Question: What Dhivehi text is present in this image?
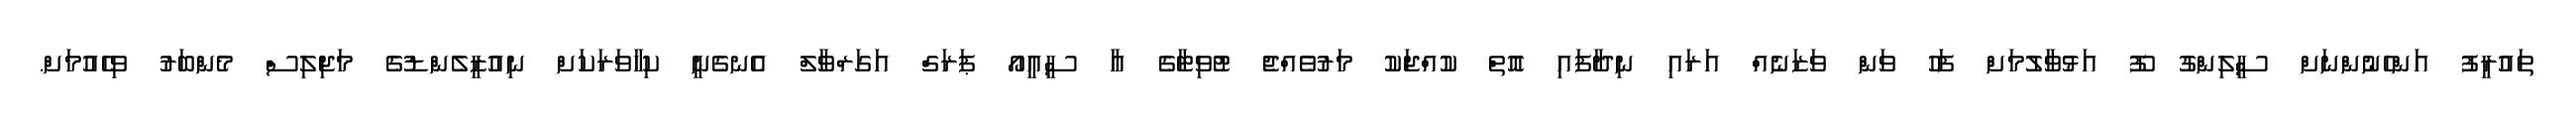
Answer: ތައުރީފު އަންހެނުންނަށް ސީލިންގު ފޫ އަޅުވާލުމަށް ފަހު ވަން ވަޒަނެއް އަރައި ނިދާފައި އޮތް ކުއްޖަކު މަރުވެއްޖެ ޓުވިޓާގެ އާ ސީއީއޯ ޕަރަގް އަގަރްވާލް އެނގެނީ ކިހާވަރަކަށް ނިއުޒީލެންޑުގެ މަޖިލިސް މެންބަރު ވިހެއުމަށް.